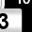
Digit: 3